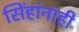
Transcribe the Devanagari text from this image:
सिंहांनाही